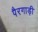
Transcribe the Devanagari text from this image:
पैरगाड़ी